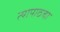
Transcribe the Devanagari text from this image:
त्यापाठचा